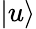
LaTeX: |u\rangle